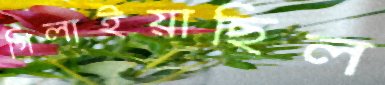
গিলাইয়াছিল